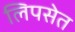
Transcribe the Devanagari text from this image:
लिपसेत